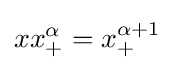
xx_{+}^{\alpha }=x_{+}^{\alpha +1}